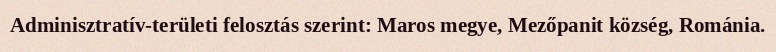
Adminisztratív-területi felosztás szerint: Maros megye, Mezőpanit község, Románia.